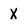
Character: X